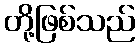
တို့ဖြစ်သည်